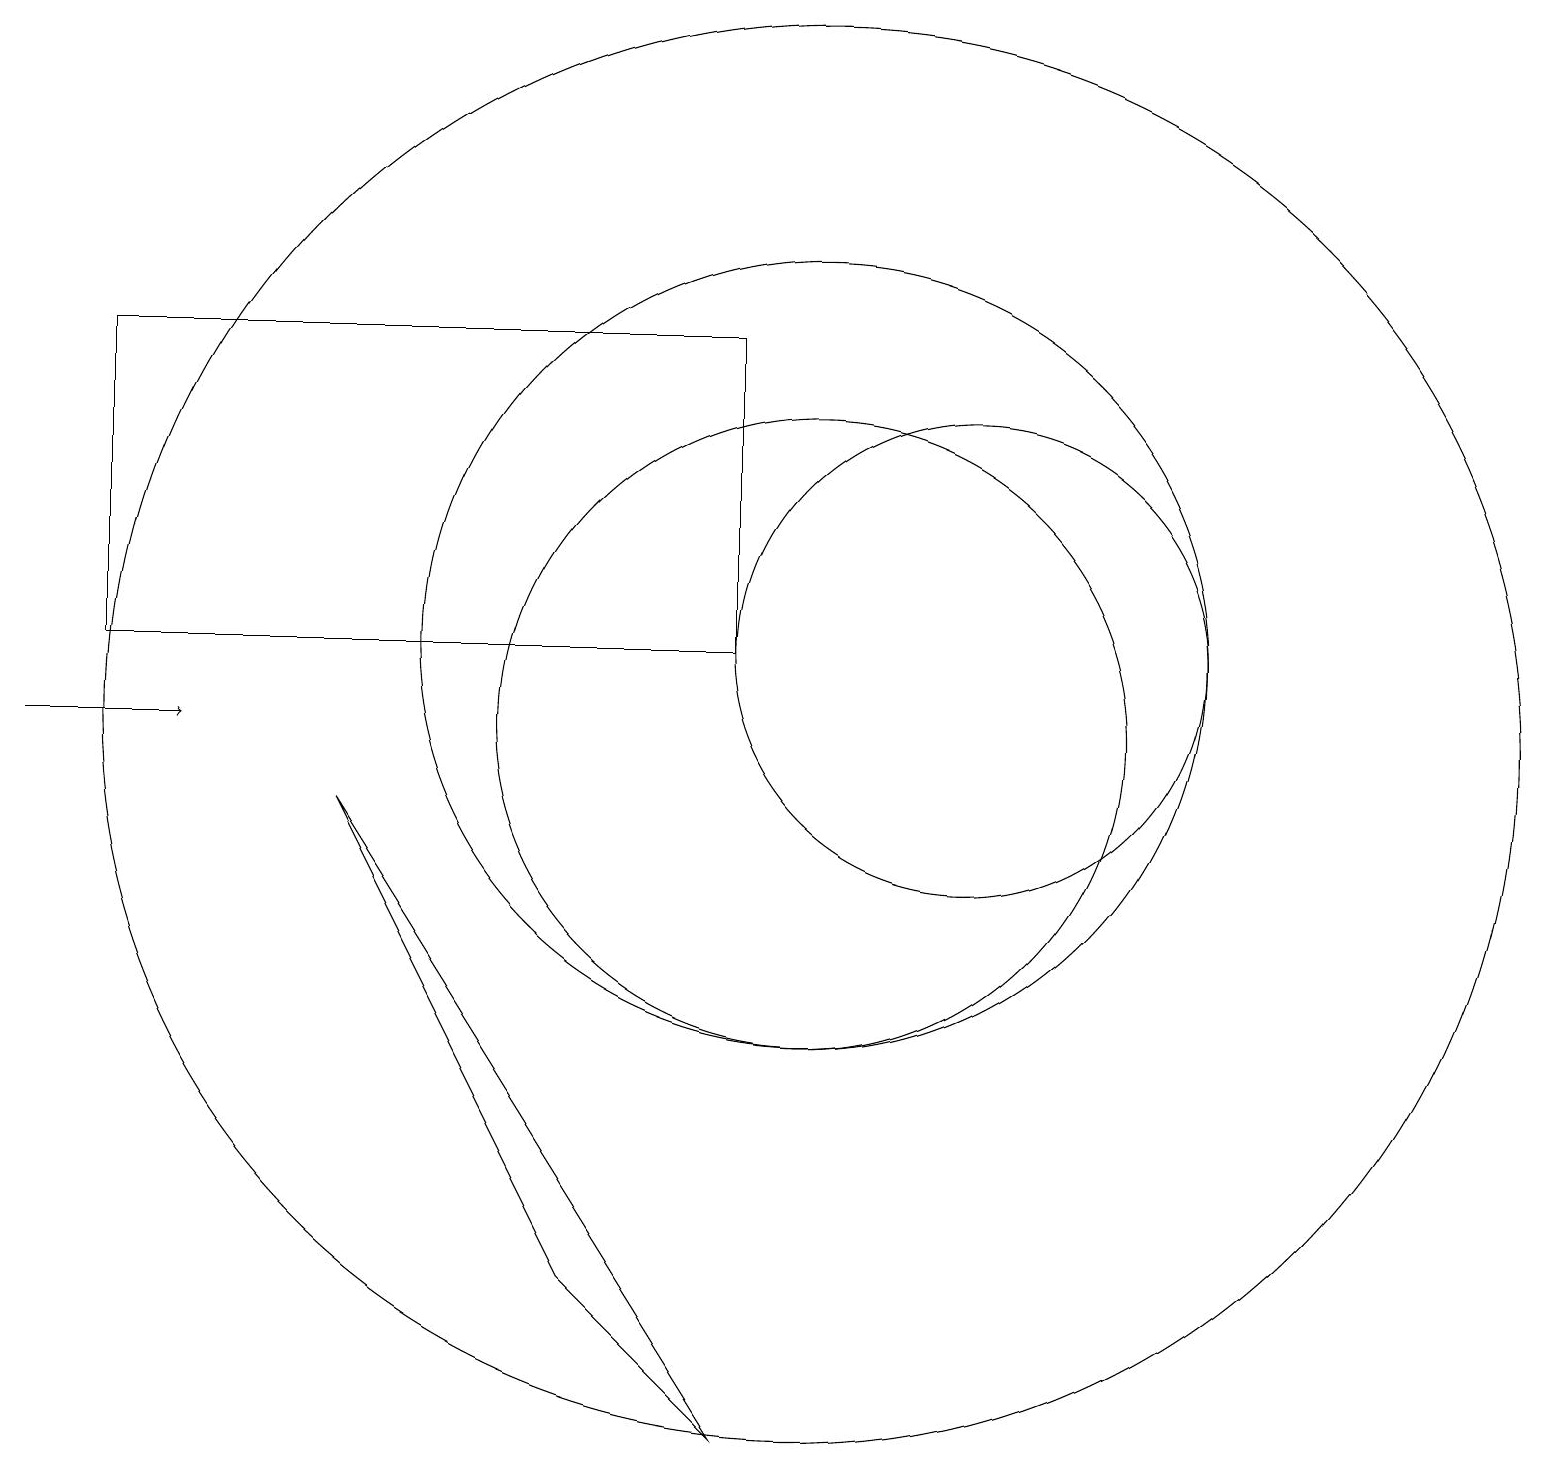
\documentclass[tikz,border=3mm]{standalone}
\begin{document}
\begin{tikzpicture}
\draw (12,11) circle (0);
\draw (12,11) circle (3);
\draw (10,10) circle (4);
\draw (10,10) circle (9);
\draw (4,9) -- (7,3) -- (9,1) -- cycle;
\draw[->] (0,10) -- (2,10);
\draw (10,11) circle (5);
\draw (9,11) rectangle (1,15);
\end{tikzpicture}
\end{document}